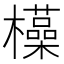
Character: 𮲽